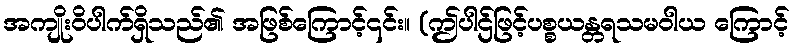
အကျိုးဝိပါက်ရှိသည်၏ အဖြစ်ကြောင့်၎င်း။ (ဤပါဌ်ဖြင့်ပစ္စယန္တရသမဝါယ ကြောင့်